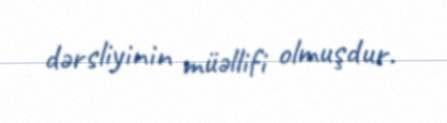
dərsliyinin müəllifi olmuşdur.